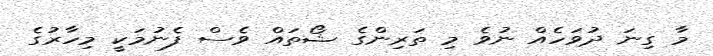
މާ ގިނަ ދުވަހެއް ނުވެ މި ތަރިންގެ ޝޯތައް ވެސް ފެނުމަކީ މިހާރުގެ